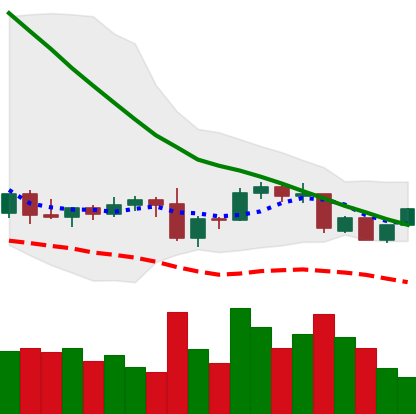
Ticker: DOGE-USD
Chart end date: 2022-09-17
Forward return: -4.197%
Label: down_3_5